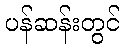
ပန်ဆန်းတွင်